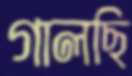
গালছি